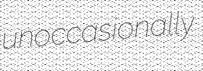
unoccasionally